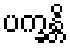
ပက္ခန္တိ